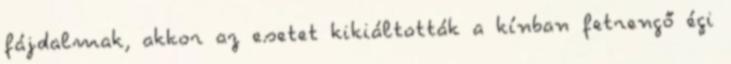
fájdalmak, akkor az esetet kikiáltották a kínban fetrengő égi